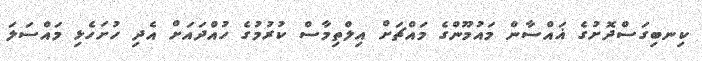
ކިނބިގަސްދޮށުގެ ޣައްސާން މައުމޫންގެ މައްޗަށް އިލްތިމާސް ކުރުމުގެ ހުއްދައަށް އެދި ހުށަހެޅި މައްސަލަ